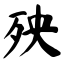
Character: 殃